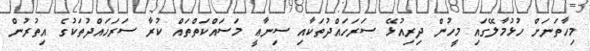
މިހާތަނަށް ހުޅުމާލޭގައި މީހުން ދިރިއުޅޭ ސަރަހައްދުތަކާއި ސިނާޢީ މަސައްކަތްތައް ކުރާ ސަރަހައްދުތަކުގެ އިތުރުން